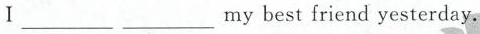
I___ ___my best friend yesterday.